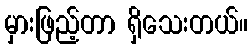
မှားဖြည့်တာ ရှိသေးတယ်။